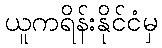
ယူကရိန်းနိုင်ငံမှ